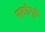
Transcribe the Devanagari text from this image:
सवईमुळे